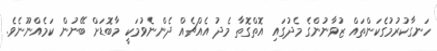
ހަނގާކުރުމުގެކަންތައް ޒުވާނުންގެ މެދުގައި އޮތްގޮތާ މެދު އެއްޗެއް ދެންނެވުމަކީ މާބޮޑަށް ބޭނުން ކަމެއްނޫނެވެ.